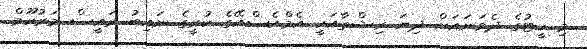
މި ހީޓުގެ ދެވަނައަށް ދިޔަ ރިޝްތާއަކީ އެމްއެސްއޭގެ ކުރީގެ ނައިބު ރައީސް މަރުހޫމް